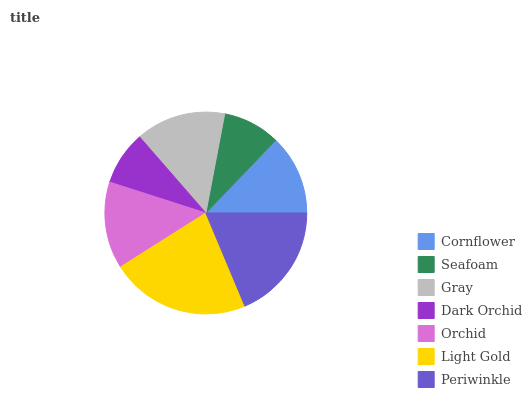
| Cornflower | Seafoam | Gray | Dark Orchid | Orchid | Light Gold | Periwinkle |
 | --- | --- | --- | --- | --- | --- | --- |
 | 12.8% | 9.19% | 14.4% | 8.67% | 13.9% | 22.3% | 18.6% |